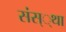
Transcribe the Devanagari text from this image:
संस््था